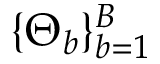
\{ \Theta _ { b } \} _ { b = 1 } ^ { B }